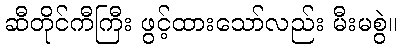
ဆီတိုင်ကီကြီး ဖွင့်ထားသော်လည်း မီးမစွဲ။